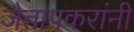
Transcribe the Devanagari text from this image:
जैतापकरांनी